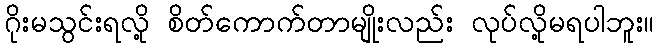
ဂိုးမသွင်းရလို့ စိတ်ကောက်တာမျိုးလည်း လုပ်လို့မရပါဘူး။